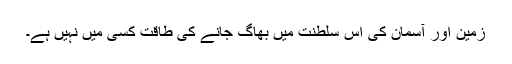
زمین اور آسمان کی اس سلطنت میں بھاگ جانے کی طاقت کسی میں نہیں ہے۔